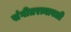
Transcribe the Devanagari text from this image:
संगीतरत्नावली